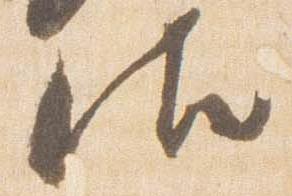
御